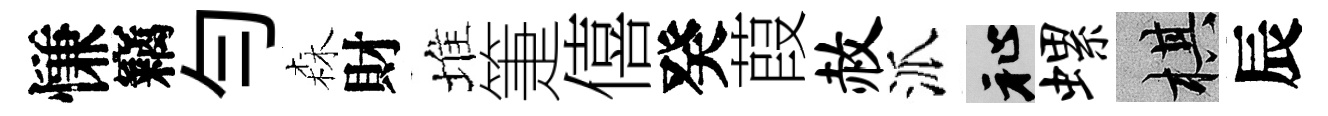
慊竊勻森財堆箑僖癸葭赦派祉螺棋辰